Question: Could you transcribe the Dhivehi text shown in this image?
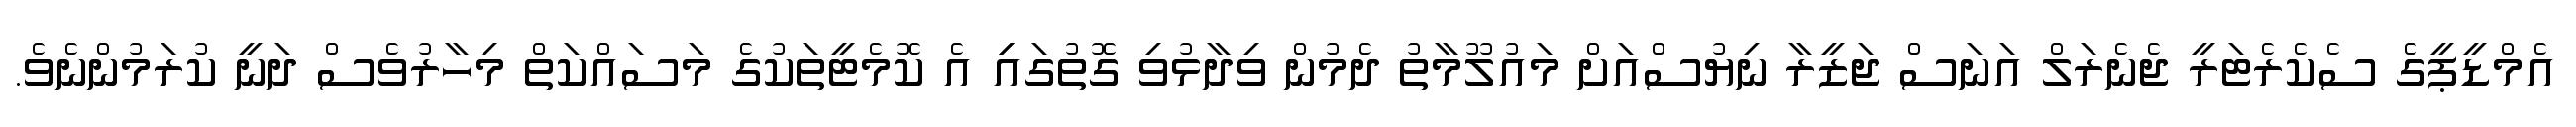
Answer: އެމްޑީޕީގެ ސެކެރެޓަރީ ޖެނެރަލް އަނަސް ޖަޒީރާ ނިޔުސްއަށް މައުލޫމާތު ދެމުން ވިދާޅުވި ގޮތުގައިި އެ ކޮމެޓީތަކުގެ މަސައްކަތް މިހާރުވެސް ދަނީ ކުރަމުންނެވެ.